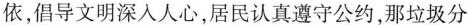
依，倡导文明深入人心，居民认真遵守公约，那垃圾分